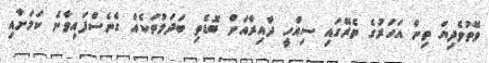
ވޭތުވެދިޔަ ތިން އަހަރުގެ ތެރޭގައި ސިއްހީ ދާއިރާއަށް ބޮޑެތި ބަދަލުތަކެއް ގެނެސްފައިވާނެ ކަމަށާއި